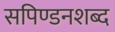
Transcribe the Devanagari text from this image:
सपिण्डनशब्द